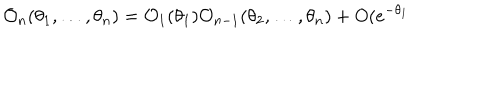
\mathcal { O } _ { n } ( \theta _ { 1 } , \dots , \theta _ { n } ) = \mathcal { O } _ { 1 } ( \theta _ { 1 } ) \mathcal { O } _ { n - 1 } ( \theta _ { 2 } , \dots , \theta _ { n } ) + O ( e ^ { - \theta _ { 1 } }